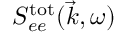
S _ { e e } ^ { \mathrm { t o t } } ( \vec { k } , \omega )